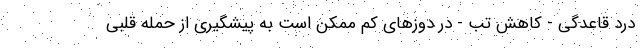
درد قاعدگی - کاهش تب - در دوزهای کم ممکن است به پیشگیری از حمله قلبی